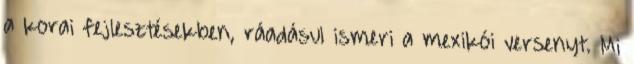
a korai fejlesztésekben, ráadásul ismeri a mexikói versenyt. Mi